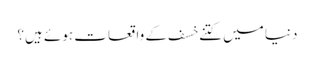
دنیا میں کتنے خسف کے واقعات ہوئے ہیں؟